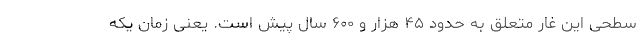
سطحی این غار متعلق به حدود ۴۵ هزار و ۶۰۰ سال پیش است. یعنی زمان یکه